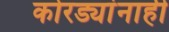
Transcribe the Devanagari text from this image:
कोरड्यांनाही